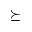
\succeq